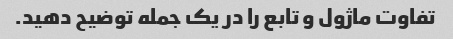
تفاوت ماژول و تابع را در یک جمله توضیح دهید.